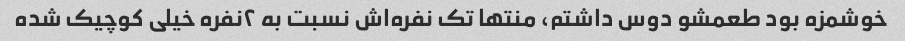
خوشمزه بود طعمشو دوس داشتم، منتها تک نفره‌اش نسبت به ٢نفره خیلی کوچیک شده